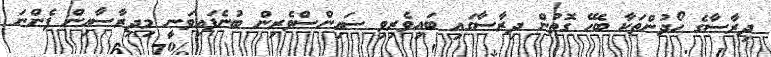
ދިރާސާގެ ހޯދުންތަކާ ބެހޭ ގޮތުން ދިރާސާގައި ބައިވެރިވި ސައިންސްވެރިން ބުނެފައިވަނީ މިދިރާސާއިން ފެންނަ